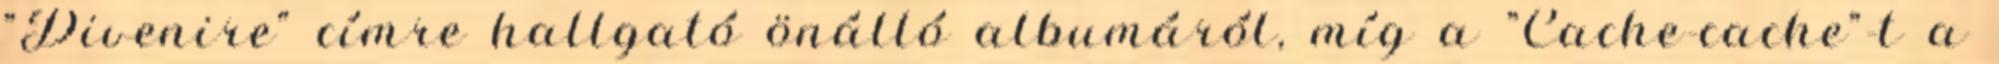
"Divenire" címre hallgató önálló albumáról, míg a "Cache-cache"-t a